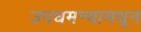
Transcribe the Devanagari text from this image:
उपधमन्यामधून